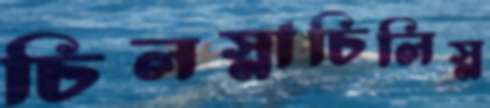
চিলস্নাচিলিস্ন